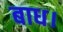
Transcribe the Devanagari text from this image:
बाध।